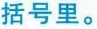
括号里。